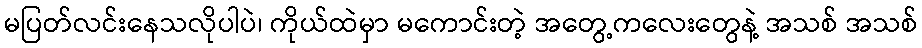
မပြတ်လင်းနေသလိုပါပဲ၊ ကိုယ်ထဲမှာ မကောင်းတဲ့ အတွေ့ကလေးတွေနဲ့ အသစ် အသစ်